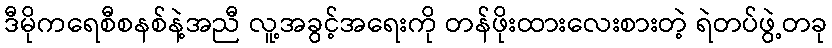
ဒီမိုကရေစီစနစ်နဲ့အညီ လူ့အခွင့်အရေးကို တန်ဖိုးထားလေးစားတဲ့ ရဲတပ်ဖွဲ့တခု